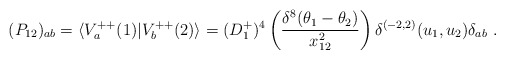
\begin{align*} (P_{12})_{ab} = \langle V^{++}_a(1)\vert V^{++}_b(2)\rangle = (D^+_1)^4\left({\delta^8(\theta_1-\theta_2)\over x^2_{12}} \right) \delta^{(-2,2)}(u_1,u_2)\delta_{ab} \ .\end{align*}